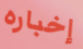
إخباره